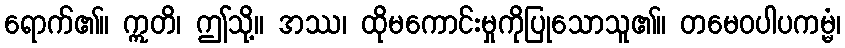
ရောက်၏။ ဣတိ၊ ဤသို့။ အဿ၊ ထိုမကောင်းမှုကိုပြုသောသူ၏။ တမေဝပါပကမ္မံ၊